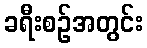
ခရီးစဉ်အတွင်း